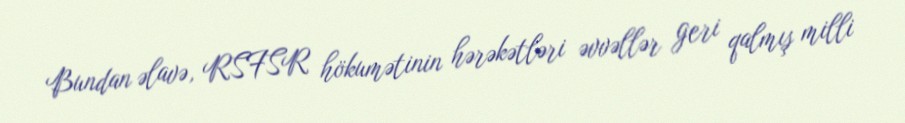
Bundan əlavə, RSFSR hökumətinin hərəkətləri əvvəllər geri qalmış milli